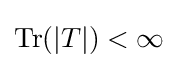
\operatorname {Tr} (|T|)<\infty